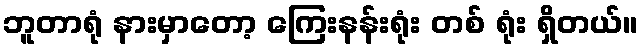
ဘူတာရုံ နားမှာတော့ ကြေးနန်းရုံး တစ် ရုံး ရှိတယ်။